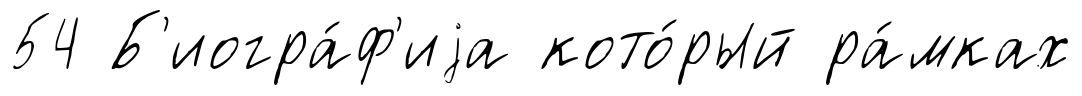
54 Б'иогра́ф'иjа кото́рый ра́мках